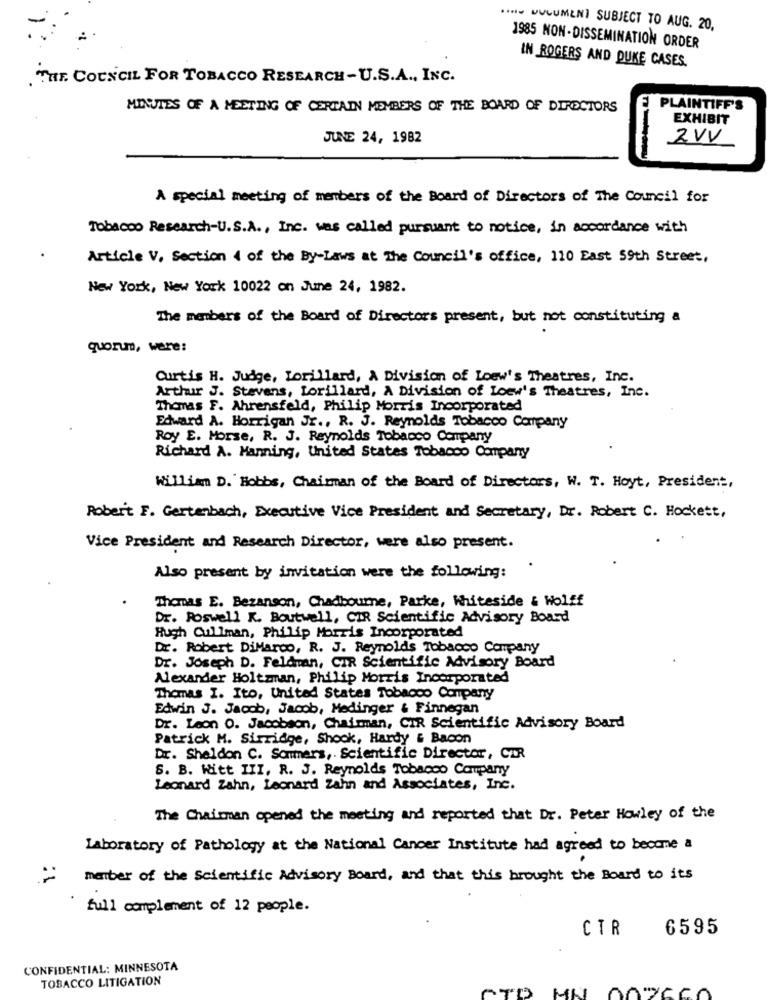
(+++ VULUMEN] SUBJECT TO AUG. 20,
1985 NON-DISSEMINATION ORDER
IN ROGERS AND DUKE CASES.
THE COUNCIL FOR TOBACCO RESEARCH-U.S.A ., INC.
MINUTES OF A MEETING OF CERTAIN MEMBERS OF THE BOARD OF DIRECTORS
PLAINTIFF'S
EXHIBIT
JUNE 24, 1982
2VV
A special meeting of members of the Board of Directors of The Council for
Tobacco Research-U.S.A ., Inc. was called pursuant to notice, in accordance with
Article V. Section 4 of the By-Laws at The Council's office, 110 East 59th Street,
New York, New York 10022 on June 24, 1982.
The members of the Board of Directors present, but not constituting a
quorum, were:
Curtis H. Judge, Lorillard, A Division of Loew's Theatres, Inc.
Arthur J. Stevens, Lorillard, A Division of Loew's Theatres, Inc.
Thomas F. Ahrensfeld, Philip Morris Incorporated
Edward A. Horrigan Jr ., R. J. Reynolds Tobacco Company
Roy E. Morse, R. J. Reynolds Tobacco Company
Richard A. Manning, United States Tobacco Company
William D. Hobbs, Chairman of the Board of Directors, W. T. Hoyt, President,
Robert F. Gartenbach, Executive Vice President and Secretary, Dr. Robert C. Hockett,
Vice President and Research Director, were also present.
Also present by invitation were the following:
Thomas E. Bezanson, Chadbourne, Parke, Whiteside & Wolff
Dr. Roswell K. Boutwell, CIR Scientific Advisory Board
Hugh Cullman, Philip Morris Incorporated
Dr. Robert DiMarco, R. J. Reynolds Tobacco Company
Dr. Joseph D. Feldman, CIR Scientific Advisory Board
Alexander Holtzman, Philip Morris Incorporated
Thomas I. Ito, United States Tobacco Company
Edwin J. Jacob, Jacob, Medinger & Finnegan
Dr. Leon O. Jacobson, Chairman, CIR Scientific Advisory Board
Patrick M. Sirridge, Shook, Hardy & Bacon
Dr. Sheldon C. Sommers, Scientific Director, CAR
S. B. Witt III, R. J. Reynolds Tobacco Company
Leonard Zahn, Leonard Zahn and Associates, Inc.
The Chairman opened the meeting and reported that Dr. Peter Howley of the
Laboratory of Pathology at the National Cancer Institute had agreed to become a
member of the Scientific Advisory Board, and that this brought the Board to its
full complement of 12 people.
CTR
6595
CONFIDENTIAL: MINNESOTA
TOBACCO LITIGATION
CTO MN DOYOGA